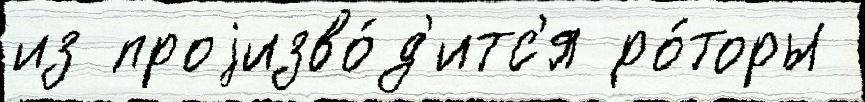
из проjизво́д'итс'я ро́торы